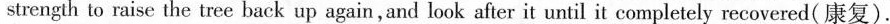
strength to raise the tree back up again,and look after it until it completely recovered(康复).